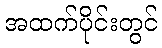
အထက်ပိုင်းတွင်